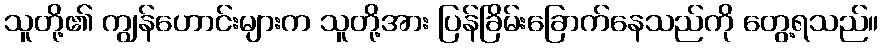
သူတို့၏ ကျွန်ဟောင်းများက သူတို့အား ပြန်ခြိမ်းခြောက်နေသည်ကို တွေ့ရသည်။